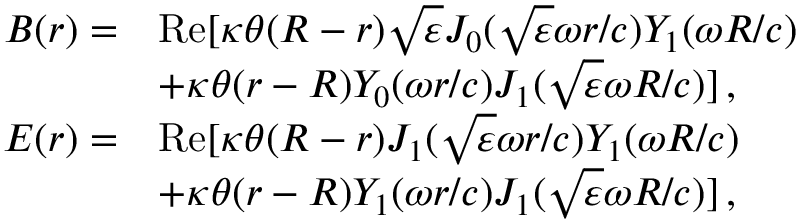
\begin{array} { r l } { B ( r ) = } & { \mathrm { R e } [ \kappa \theta ( R - r ) \sqrt { \varepsilon } J _ { 0 } ( \sqrt { \varepsilon } \omega r / c ) Y _ { 1 } ( \omega R / c ) } \\ & { + \kappa \theta ( r - R ) Y _ { 0 } ( \omega r / c ) J _ { 1 } ( \sqrt { \varepsilon } \omega R / c ) ] \, , } \\ { E ( r ) = } & { \mathrm { R e } [ \kappa \theta ( R - r ) J _ { 1 } ( \sqrt { \varepsilon } \omega r / c ) Y _ { 1 } ( \omega R / c ) } \\ & { + \kappa \theta ( r - R ) Y _ { 1 } ( \omega r / c ) J _ { 1 } ( \sqrt { \varepsilon } \omega R / c ) ] \, , } \end{array}